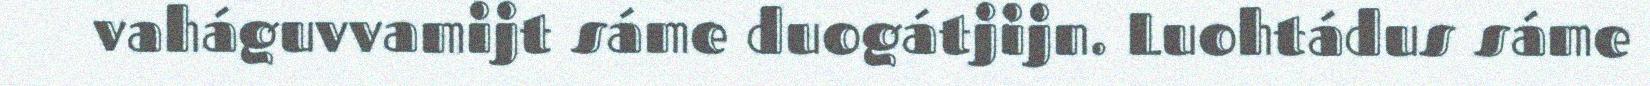
vaháguvvamijt sáme duogátjijn. Luohtádus sáme